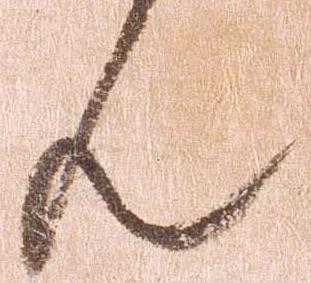
ん